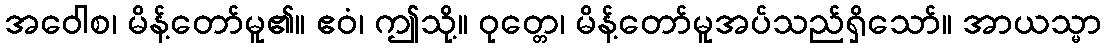
အဝေါစ၊ မိန့်တော်မူ၏။ ဧဝံ၊ ဤသို့။ ဝုတ္တေ၊ မိန့်တော်မူအပ်သည်ရှိသော်။ အာယသ္မာ